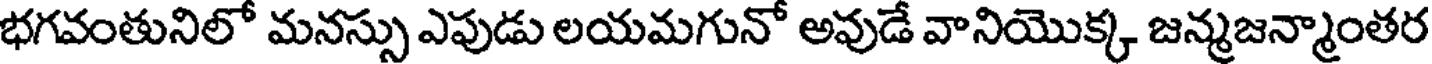
భగవంతునిలో మనస్సు ఎపుడు లయమగునో అవుడే వానియొక్క జన్మజన్మాంతర